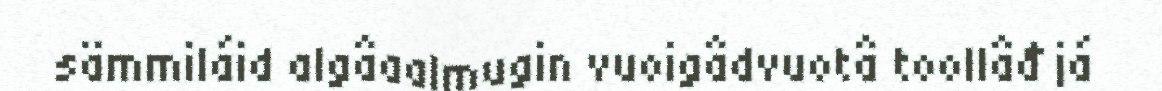
sämmiláid algâaalmugin vuoigâdvuotâ toollâđ já